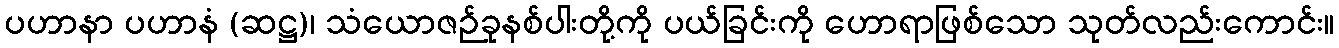
ပဟာနာ ပဟာနံ (ဆဋ္ဌ)၊ သံယောဇဉ်ခုနစ်ပါးတို့ကို ပယ်ခြင်းကို ဟောရာဖြစ်သော သုတ်လည်းကောင်း။